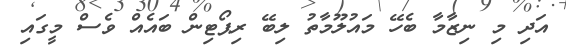
އަދި މި ނިޒާމާ ބެހޭ މައުލޫމާތު ލިބޭ ރިޕޯޓިން ބައެއް ވެސް މީގައި